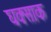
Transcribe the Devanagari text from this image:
घक्साक